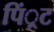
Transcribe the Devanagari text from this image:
पिं्रट